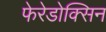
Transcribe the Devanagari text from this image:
फेरेडोक्सिन